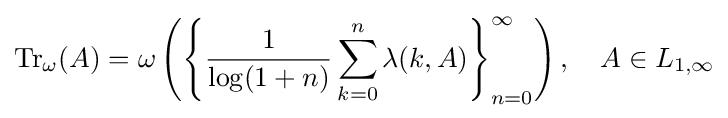
{\rm {Tr}}_{\omega }(A)=\omega \left(\left\{{\frac {1}{\log(1+n)}}\sum _{k=0}^{n}\lambda (k,A)\right\}_{n=0}^{\infty }\right),\quad A\in L_{1,\infty }